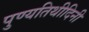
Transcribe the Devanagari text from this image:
पुण्यतिथीदिनी